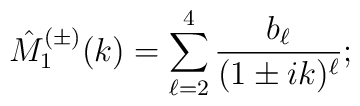
\hat{M}^{(\pm)}_1(k)=\sum_{\ell=2}^{4}\frac{b_{\ell}}{(1\pm ik)^{\ell}};